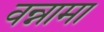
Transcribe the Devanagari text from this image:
वन्नामा